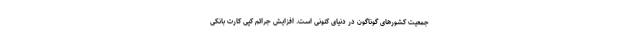
جمعیت کشورهای گوناگون در دنیای کنونی است. افزایش جرائم کپی کارت بانکی